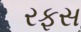
રફસ